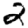
Digit: 2